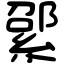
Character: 綤